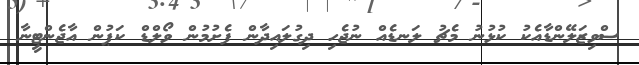
ސްވިޒަލޭންޑާއެކު ކުޅުނު މެޗު ލަނޑެއް ނުޖެހި ދިގުލައިދާން ފެށުމުން ވޯލްޑް ކަޕުން އާޖެންޓީނާ